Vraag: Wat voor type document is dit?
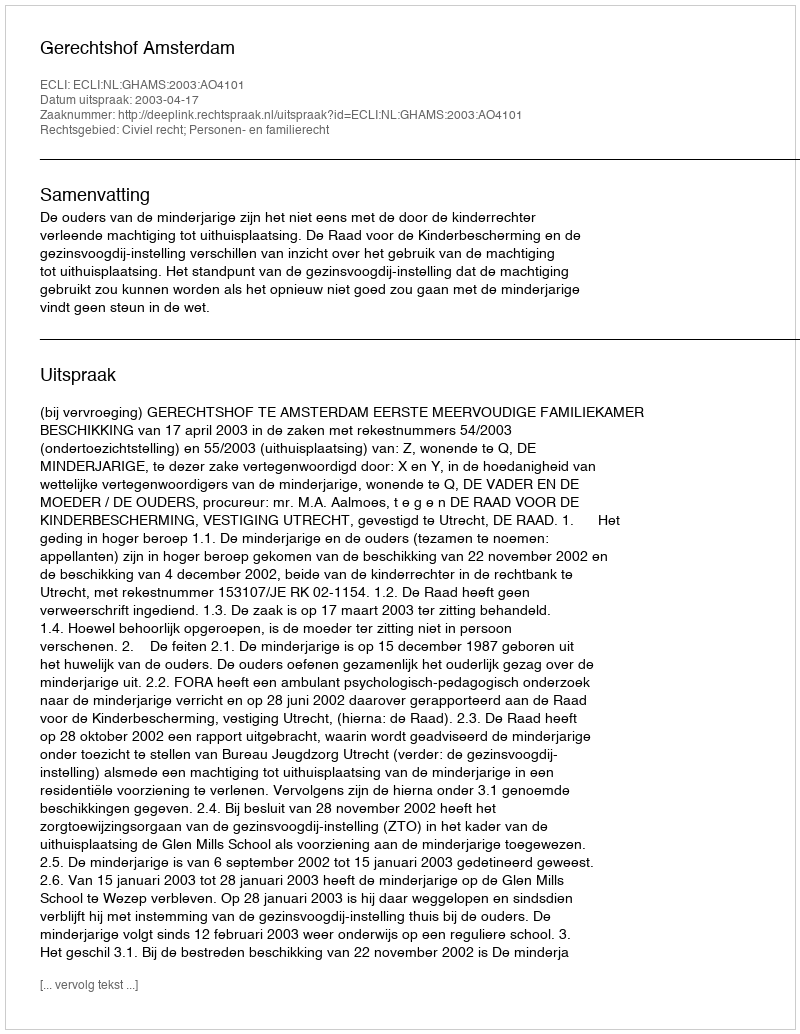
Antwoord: Uitspraak